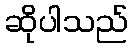
ဆိုပါသည်